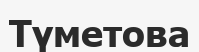
Түметова